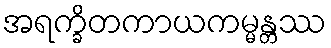
အရက္ခိတကာယကမ္မန္တဿ